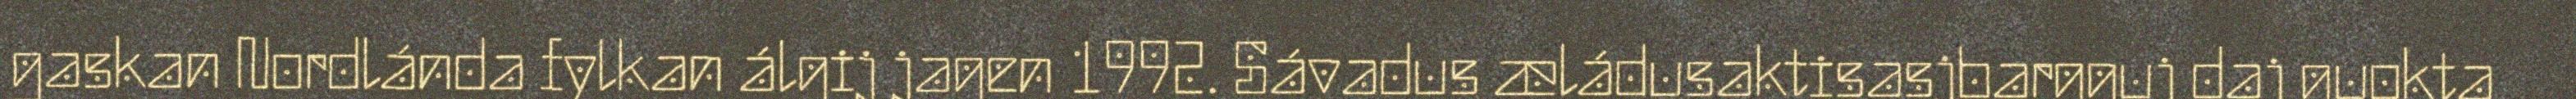
gaskan Nordlánda fylkan álgij jagen 1992. Sávadus æládusaktisasjbargguj daj guokta